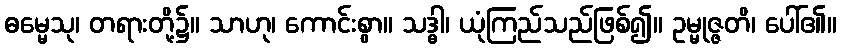
ဓမ္မေသု၊ တရားတို့၌။ သာဟု၊ ကောင်းစွာ။ သဒ္ဓါ၊ ယုံကြည်သည်ဖြစ်၍။ ဥမ္မုဇ္ဇတိ၊ ပေါ်၏။